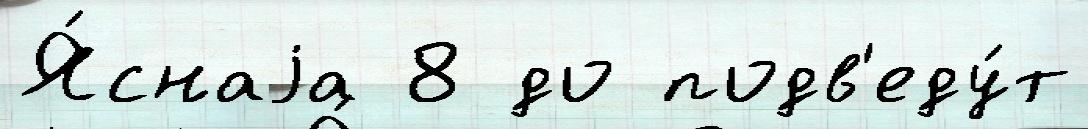
Я́снаjа 8 до подв'еду́т